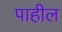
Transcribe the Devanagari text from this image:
पाहील